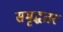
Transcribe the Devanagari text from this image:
समृद्धतर